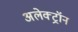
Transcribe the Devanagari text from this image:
अलेक्ट्रॉन